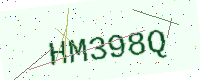
Text: HM398Q